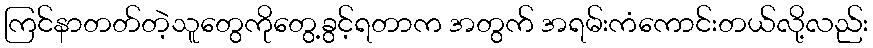
ကြင်နာတတ်တဲ့သူတွေကိုတွေ့ခွင့်ရတာက အတွက် အရမ်းကံကောင်းတယ်လို့လည်း